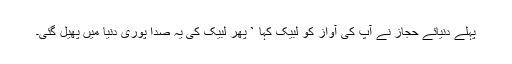
پہلے دنیائے حجاز نے آپ کی آواز کو لبیک کہا ` پھر لبیک کی یہ صدا پوری دنیا میں پھیل گئی۔